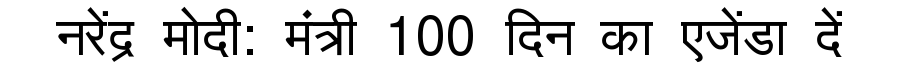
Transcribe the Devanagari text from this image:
नरेंद्र मोदी: मंत्री 100 दिन का एजेंडा दें